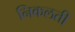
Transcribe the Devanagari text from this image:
निकलती